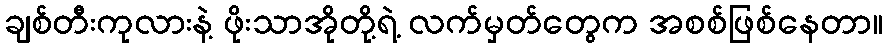
ချစ်တီးကုလားနဲ့ ဖိုးသာအိုတို့ရဲ့ လက်မှတ်တွေက အစစ်ဖြစ်နေတာ။